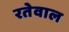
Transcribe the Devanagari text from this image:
रतेवाल